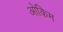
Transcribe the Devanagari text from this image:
ओकिम